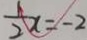
\frac { 1 } { 2 } x = - 2